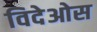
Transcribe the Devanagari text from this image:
विदेओस